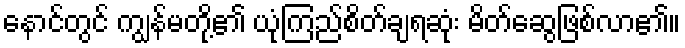
နောင်တွင် ကျွန်မတို့၏ ယုံကြည်စိတ်ချရဆုံး မိတ်ဆွေဖြစ်လာ၏။